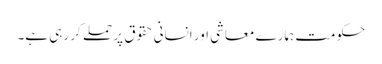
حکومت ہمارے معاشی اور انسانی حقوق پر حملے کر رہی ہے۔